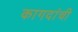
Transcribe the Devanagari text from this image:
कागदांची